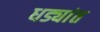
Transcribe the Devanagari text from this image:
धड्यांत